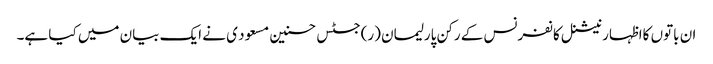
ان باتوں کااظہار نیشنل کانفرنس کے رکن پارلیمان (ر)جسٹس حسنین مسعود ی نے ایک بیان میں کیا ہے۔